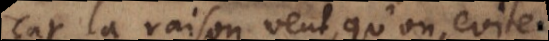
Car la raison veut, qu’on evite